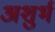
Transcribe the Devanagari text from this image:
अशुर्भ